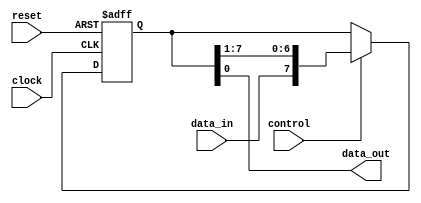
module PISO_shift_register (
  input wire clock,
  input wire control,
  input wire reset,
  input wire data_in,
  output reg data_out
);

reg [7:0] register;

always @(posedge clock or posedge reset)
begin
  if (reset)
    register <= 8'b0;
  else if (control)
    register <= {data_in, register[7:1]};
end

assign data_out = register[0];

endmodule